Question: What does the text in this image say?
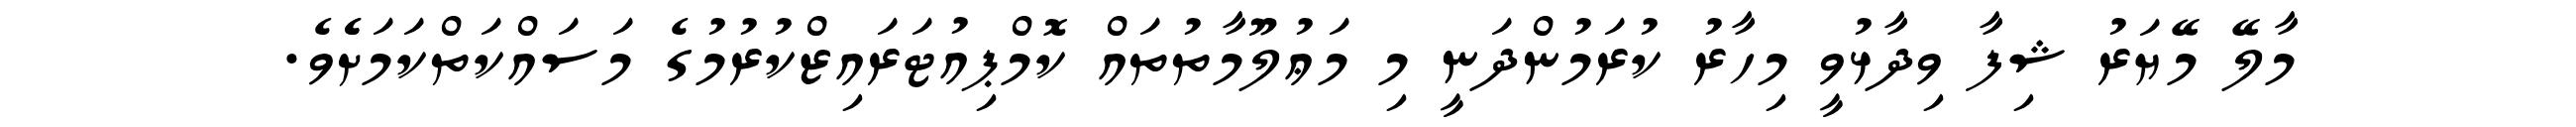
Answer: މާލޭ މޭޔަރު ޝިފާ ވިދާޅުވީ މިހާރު ކުރަމުންދަނީ މި މަޢުލޫމާތުތައް ކޮމްޕިއުޓަރައިޒްކުރުމުގެ މަސައްކަތްކަމަށެެވެ.